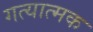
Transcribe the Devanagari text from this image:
गत्‍यात्‍मक